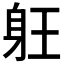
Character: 𲄘